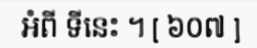
អំពី ទីនេះ ។ [ ៦០៧ ]